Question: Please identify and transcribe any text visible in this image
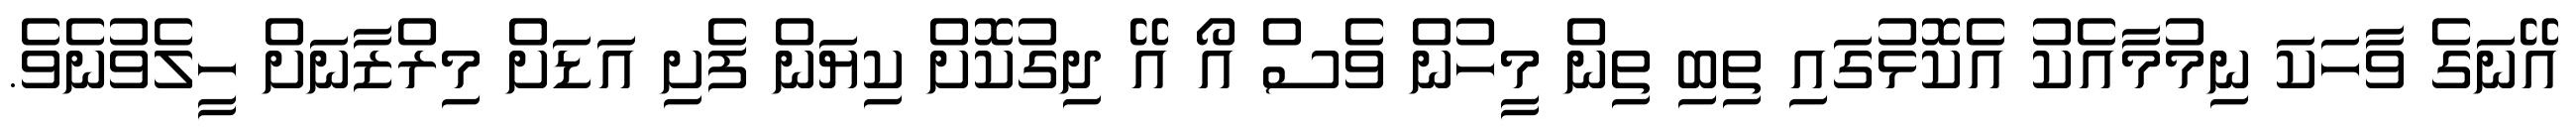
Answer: އޭނަގެ ވާހަކަ ނިމުމާއެކު އެކޮޅުގައި ތިބި ތިން މީހުން ވެސް އޯ އޭ ދިގުކޮށް ކިޔަން ފެށި އަޑަށް މިރްޒާނަށް ހީލެވުނެވެ.